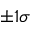
\pm 1 \sigma